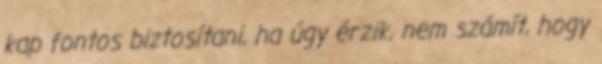
kap fontos biztosítani, ha úgy érzik, nem számít, hogy